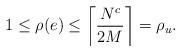
LaTeX: \begin{align*}1 \le \rho(e) \le \left\lceil \frac{N^c}{2M} \right\rceil = \rho_u.\end{align*}